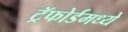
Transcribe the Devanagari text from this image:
ट्रॅफोर्डमध्ये